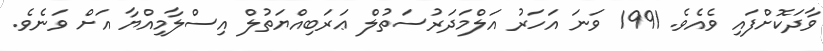
ވާދަކޮށްފައި ވެއެވެ. 1991 ވަނަ އަހަރު އަލްމަދަރުސަތުލް ޢަރަބިއްޔަތުލް އިސްލާމިއްޔާ އަށް ވަނެވެ.